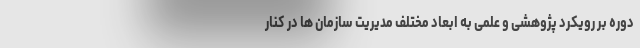
دوره بر رویکرد پژوهشی و علمی به ابعاد مختلف مدیریت سازمان ها در کنار